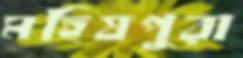
মহিষপুরা